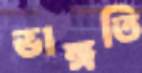
ভাঙ্গতি